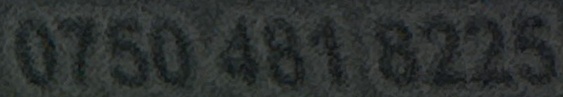
481 8225